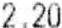
2.20